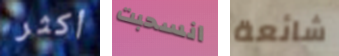
أكثر انسحبت شائعة